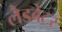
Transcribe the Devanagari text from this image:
लैडबेटर